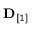
\mathbf D _ { [ 1 ] }